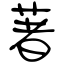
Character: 著